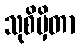
သုစိမှိတာ